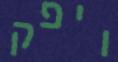
ויפק